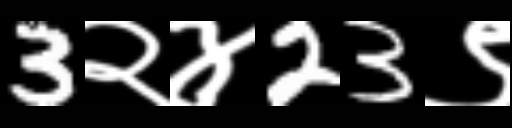
Text: 3२४23९